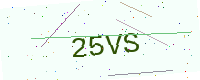
Text: 25VS